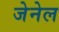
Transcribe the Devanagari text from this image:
जेनेल